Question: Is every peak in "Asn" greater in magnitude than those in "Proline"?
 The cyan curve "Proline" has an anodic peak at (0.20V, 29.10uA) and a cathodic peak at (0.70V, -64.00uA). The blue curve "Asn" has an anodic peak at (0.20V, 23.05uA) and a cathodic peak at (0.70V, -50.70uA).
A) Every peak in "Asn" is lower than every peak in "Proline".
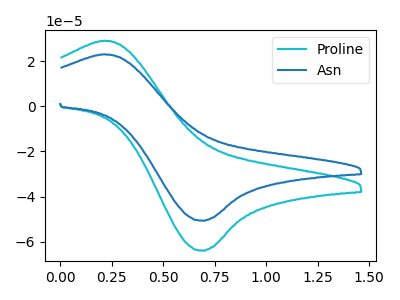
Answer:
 <answer>A) Every peak in "Asn" is lower than every peak in "Proline".</answer>
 <eval>A</eval>